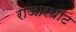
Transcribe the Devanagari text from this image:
राजारघाट